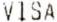
VISA